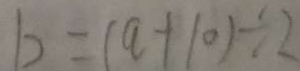
b = ( a + 1 0 ) \div 2